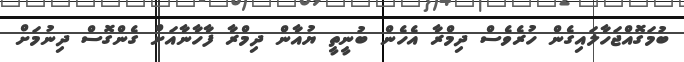
ބުމަގޮއްޖަހާލައިގެން ހުރެވެސް ދިމްރާ އެހެން ބުނީތީ ޔުއާން ދިމްރާ ފާހާނާއަށް ގެންގޮސް ދިނުމަށް